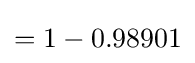
=1-0.98901